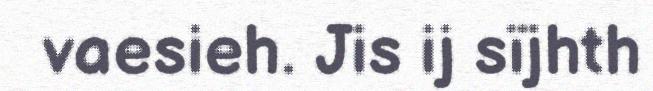
vaesieh. Jis ij sïjhth